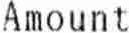
AMOUNT